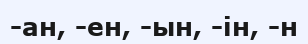
-ан, -ен, -ын, -ін, -н